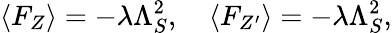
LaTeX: \langle F_{Z}\rangle=-\lambda\Lambda_{S}^{2},\quad\langle F_{Z^{\prime}}\rangle=-\lambda\Lambda_{S}^{2},